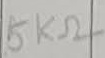
Text: 5KΩ